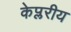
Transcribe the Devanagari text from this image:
केप्लरीय